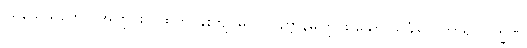
ပရိသေသတော၊ အကြွင်းကိုထက်ဝန်းကျင်မှ။ ဝါ၊ နိဗ္ဗာန်မှကြွင်း သော သင်္ခါရ ဝိကာရ လက္ခဏ